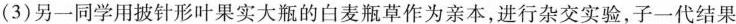
(3)另一同学用披针形叶果实大瓶的白麦瓶草作为亲本，进行杂交实验，子一代结果